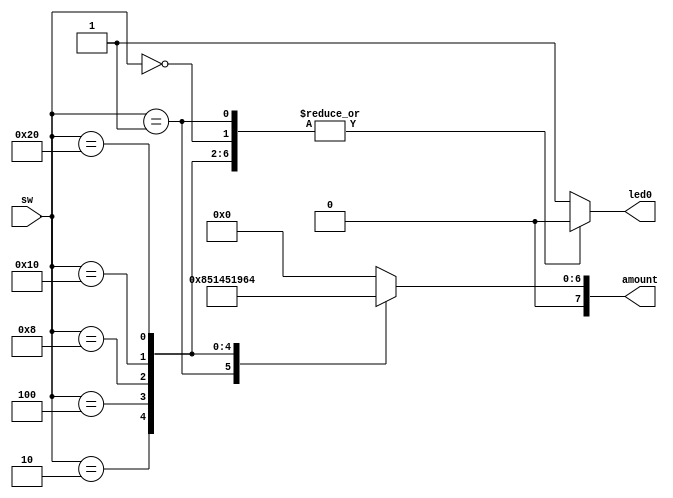
`timescale 1ns / 1ps
//////////////////////////////////////////////////////////////////////////////////
// Company: 
// Engineer: 
// 
// Design Name: 
// Module Name: ATM
// Project Name: 
// Target Devices: 
// Tool Versions: 
// Description: 
// 
// Dependencies: 
// 
// Revision:
// Revision 0.01 - File Created
// Additional Comments:
// 
//////////////////////////////////////////////////////////////////////////////////


module ATM(amount,led0,sw);

  input [5:0] sw;
  output led0;
  output [7:0] amount;
  
  reg [7:0] dep_amount;
  
  always @(sw) begin   
    case (sw)
      0: dep_amount = 8'b0000_0000; // 0Rs
      1: dep_amount = 8'b0000_0001; // 1 Rs
      2: dep_amount = 8'b0000_0101; // 5 Rs
      4: dep_amount = 8'b0000_1010; // 10 RS
      8: dep_amount = 8'b0001_0100; // 20 Rs
      16: dep_amount = 8'b0011_0010; // 50 RS
      32: dep_amount = 8'b0110_0100; // 100 Rs
      default: dep_amount = 8'b0000_0000; // 0 Rs 
    endcase  
  end
  
  assign amount = dep_amount;
  
  reg active;
  
  always @(sw) begin   
    case (sw)
      0: active = 1'b0;
      1: active = 1'b0;
      2: active = 1'b0;
      4: active = 1'b0;
      8: active = 1'b0;
      16: active = 1'b0;
      32: active = 1'b0;
      default: active = 1'b1;    
    endcase  
  end
  
  assign led0 = active;
  
endmodule